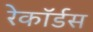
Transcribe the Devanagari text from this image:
रेकॉर्डस